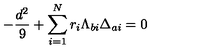
- { \frac { d ^ { 2 } } { 9 } } + \sum _ { i = 1 } ^ { N } r _ { i } \Lambda _ { b i } \Delta _ { a i } = 0